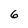
Character: 6